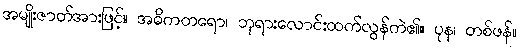
အမျိုးဇာတ်အားဖြင့်။ အဓိကတရော၊ ဘုရားလောင်းထက်လွန်ကဲ၏။ ပုန၊ တစ်ဖန်။